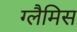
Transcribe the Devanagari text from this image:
ग्लैमिस